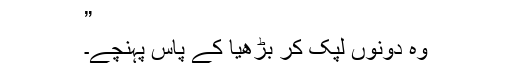
”
وہ دونوں لپک کر بڑھیا کے پاس پہنچے۔